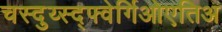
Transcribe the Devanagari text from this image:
चस्दुय्स्द्फ्वेर्गिओएतिअ